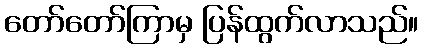
တော်တော်ကြာမှ ပြန်ထွက်လာသည်။